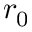
r _ { 0 }